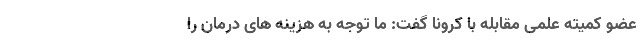
عضو کمیته علمی مقابله با کرونا گفت: ما توجه به هزینه های درمان را